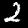
Digit: 2